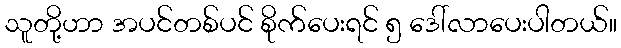
သူတို့ဟာ အပင်တစ်ပင် စိုက်ပေးရင် ၅ ဒေါ်လာပေးပါတယ်။